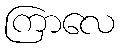
ကြာလေ